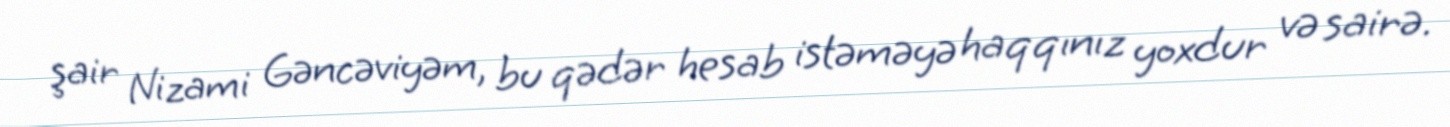
şair Nizami Gəncəviyəm, bu qədər hesab istəməyə haqqınız yoxdur və sairə.